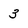
Character: 3